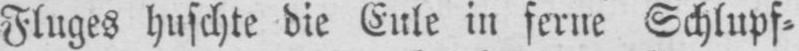
Fluges huschte die Eule in ferne Schlupf⸗